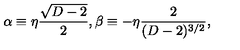
\alpha \equiv \eta { \frac { \sqrt { D - 2 } } { 2 } } , \beta \equiv - \eta { \frac { 2 } { ( D - 2 ) ^ { 3 / 2 } } } ,